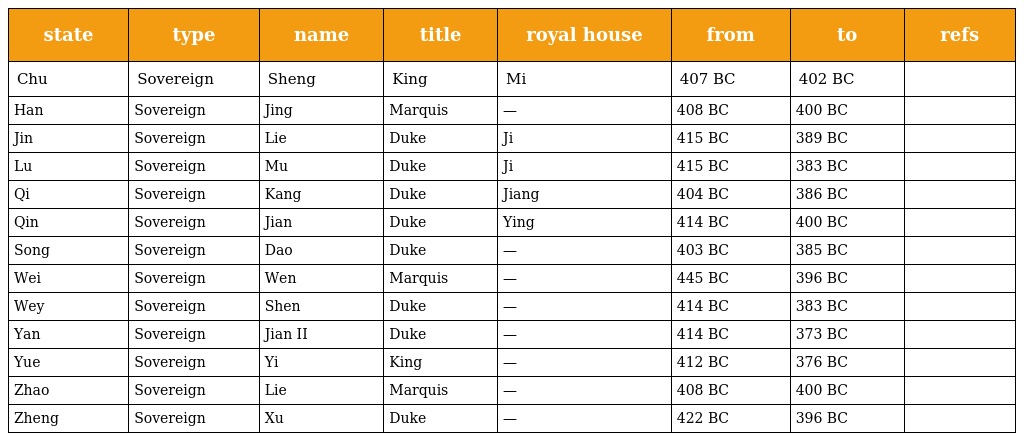
| state | type | name | title | royal house | from | to | refs |
 | --- | --- | --- | --- | --- | --- | --- | --- |
 | Chu | Sovereign | Sheng | King | Mi | 407 BC | 402 BC |  |
 | Han | Sovereign | Jing | Marquis | — | 408 BC | 400 BC |  |
 | Jin | Sovereign | Lie | Duke | Ji | 415 BC | 389 BC |  |
 | Lu | Sovereign | Mu | Duke | Ji | 415 BC | 383 BC |  |
 | Qi | Sovereign | Kang | Duke | Jiang | 404 BC | 386 BC |  |
 | Qin | Sovereign | Jian | Duke | Ying | 414 BC | 400 BC |  |
 | Song | Sovereign | Dao | Duke | — | 403 BC | 385 BC |  |
 | Wei | Sovereign | Wen | Marquis | — | 445 BC | 396 BC |  |
 | Wey | Sovereign | Shen | Duke | — | 414 BC | 383 BC |  |
 | Yan | Sovereign | Jian II | Duke | — | 414 BC | 373 BC |  |
 | Yue | Sovereign | Yi | King | — | 412 BC | 376 BC |  |
 | Zhao | Sovereign | Lie | Marquis | — | 408 BC | 400 BC |  |
 | Zheng | Sovereign | Xu | Duke | — | 422 BC | 396 BC |  |